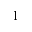
^ 1